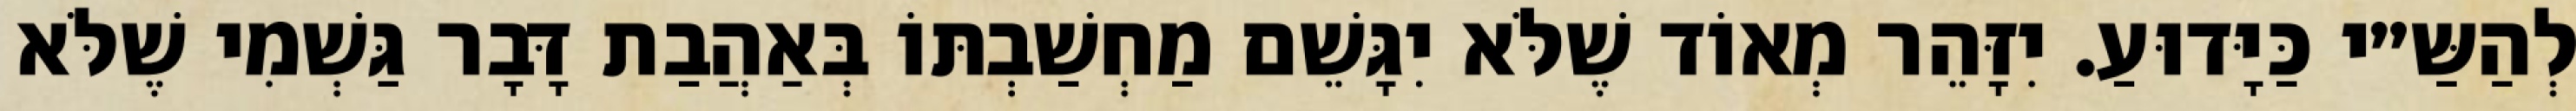
לְהַשַּ״י כַּיָּדוּעַ. יִזָּהֵר מְאוֹד שֶׁלֹּא יִגָּשֵׁם מַחְשַׁבְתּוֹ בְּאַהֲבַת דָּבָר גַּשְׁמִי שֶׁלֹּא